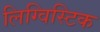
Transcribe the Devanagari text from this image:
लिग्विस्टिक